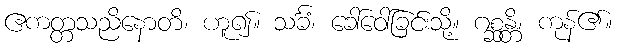
ဧကတ္တသညိနောတိ၊ ဟူ၍။ သင်္ခံ၊ ခေါ်ဝေါ်ခြင်းသို့။ ဂစ္ဆန္တိ၊ ကုန်၏။